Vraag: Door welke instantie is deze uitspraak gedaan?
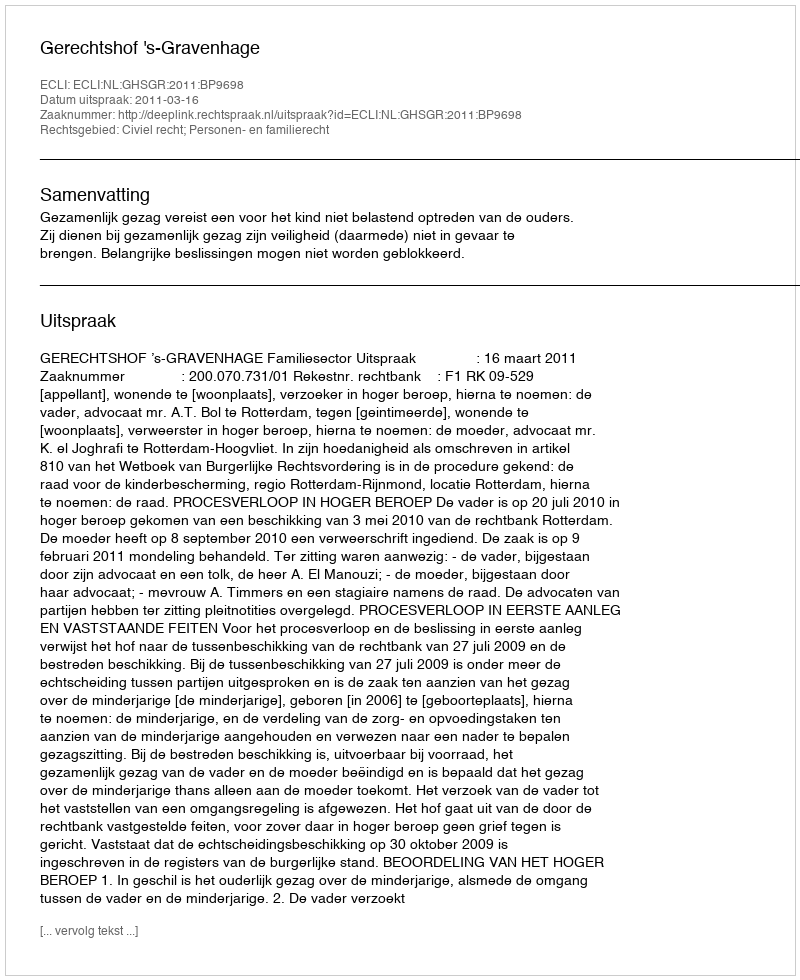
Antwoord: Gerechtshof 's-Gravenhage